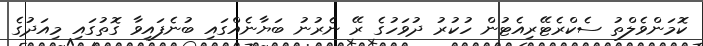
ކޮމަންވެލްތު ސެކްރެޓޭރިއެޓުން ހުކުރު ދުވަހުގެ ރޭ ނެރުނު ބަޔާނެއްގައި ބުނެފައިވާ ގޮތުގައި މިއަދުގެ